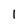
Character: 1